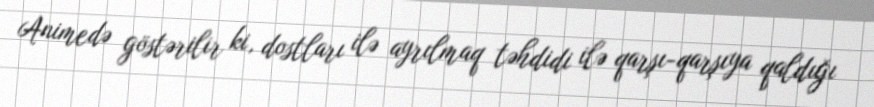
Animedə göstərilir ki, dostları ilə ayrılmaq təhdidi ilə qarşı-qarşıya qaldığı